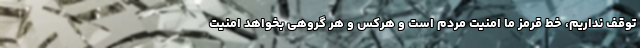
توقف نداریم، خط قرمز ما امنیت مردم است و هرکس و هر گروهی بخواهد امنیت